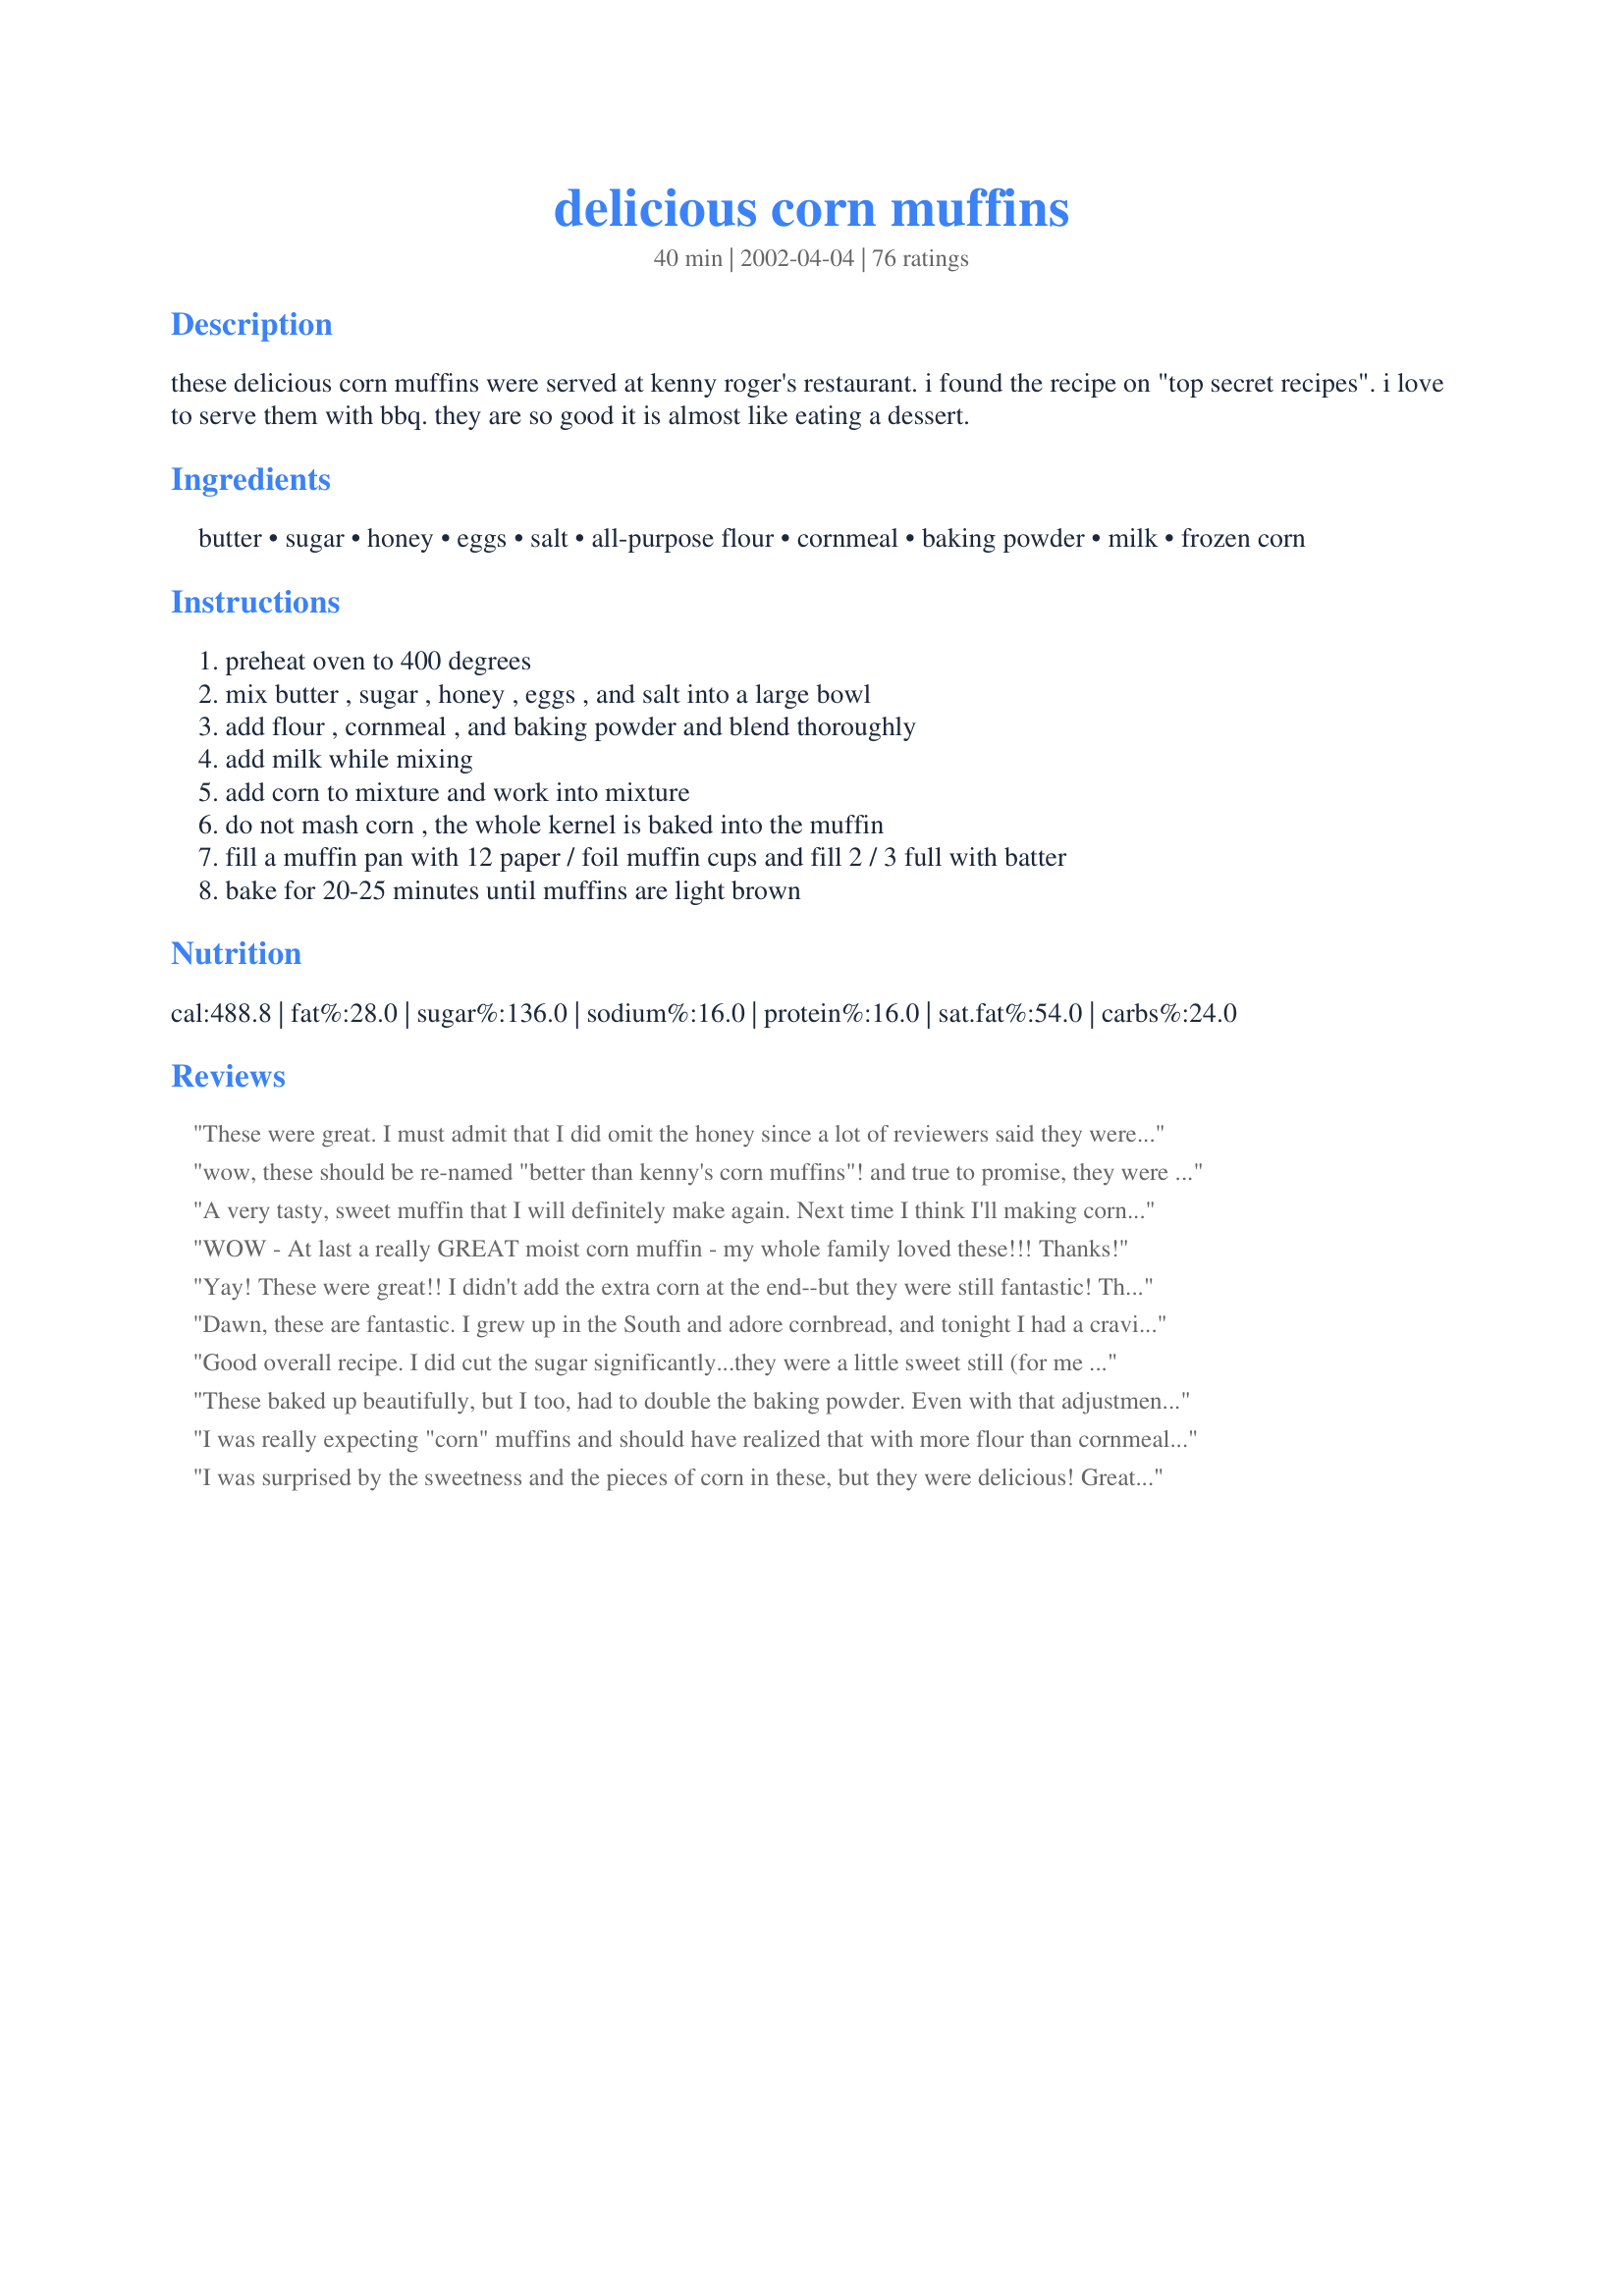
delicious corn muffins
Preparation time: 40 minutes

these delicious corn muffins were served at kenny roger's restaurant. i found the recipe on "top secret recipes". i love to serve them with bbq. they are so good it is almost like eating a dessert.

Ingredients:
butter, sugar, honey, eggs, salt, all-purpose flour, cornmeal, baking powder, milk, frozen corn

Steps:
preheat oven to 400 degrees
mix butter , sugar , honey , eggs , and salt into a large bowl
add flour , cornmeal , and baking powder and blend thoroughly
add milk while mixing
add corn to mixture and work into mixture
do not mash corn , the whole kernel is baked into the muffin
fill a muffin pan with 12 paper / foil muffin cups and fill 2 / 3 full with batter
bake for 20-25 minutes until muffins are light brown

Reviews:
These were great. I must admit that I did omit the honey since a lot of reviewers said they were almost too sweet. Well mine were still sweet, just the way I like them and the corn kernels provide a neat texture and taste to the muffin. I'd go so far as to use a whole cup of them. Also, I used Silk, soymilk, since that's what I had and they still turned out great. I used 1 cup all purpose white flour and 1/2 cup white whole wheat flour to give it a little more fiber. This is the first time I've been satisfied with my corn muffins.
wow, these should be re-named "better than kenny's corn muffins"! and true to promise, they were crunchy on the outside and soft and moist inside. i just adjusted to 1 tsp salt and 1 tsp baking powder. superb and super easy!
A very tasty, sweet muffin that I will definitely make again. Next time I think I'll making cornbread rather than muffins though - just my preference.
WOW - At last a really GREAT moist corn muffin - my whole family loved these!!! Thanks!
Yay! These were great!! I didn't add the extra corn at the end--but they were still fantastic! They were actually quite dense, but were a nice change from the mixes. I absolutely loved these. I cut the recipe in half and used 1/4C sugar and 1/4C honey. Very nice recipe.
Dawn, these are fantastic. I grew up in the South and adore cornbread, and tonight I had a craving to make it for my husband's supper ;) I made it dairy free so I could have it also, by subbing dairy-free butter and then soymilk, and I think it came out wonderfully. I did make a few adjustments on the ingredients so as to reduce the calorie and fat content.....If you don't mind I'd like to re-post this recipe, giving all credit to you, but with the lighter ingredients so I can see the nutritional breakdown of the ones I have made. Thank you again for a wonderful recipe--I'm set for my regular cornbread recipe!
Good overall recipe. I did cut the sugar significantly...they were a little sweet still (for me personally), but went over GREAT with my husband and son. Also did 1 tsp of salt and 1 tsp of baking powder - which worked out perfectly. Nice recipe. THANKS.
These baked up beautifully, but I too, had to double the baking powder. Even with that adjustment, they were very dense. I liked the addition of the honey, but I think I'll keep looking for another corn muffin recipe.
I was really expecting "corn" muffins and should have realized that with more flour than cornmeal that they would not be. These were just ok, something seemed to be missing. The texture was not what you would expect from a corn muffin.
I was surprised by the sweetness and the pieces of corn in these, but they were delicious! Great recipe.
These are the best corn muffins I've ever had.
This are so fantastic! My husband said these are the only corn muffins I am allowed to make from now on! I doubled the recipe with no problem, and also added the cayenne pepper. I also used a 1/4cup measuring cup to measure out each muffin and it gave just a little over 2 dozen (doubled recipe).
These muffins are the best I have tried. I can stop looking now. I made these with a spicy chili and they kind of cooled the mouth off. The honey flavor is great but as someone else said I may try less sugar next time just to see if I will still like them that way. Gotta save some calories some where. But as written a very good muffin.
I only gave this 4 stars because it was good, but not great. This was likely my fault! I halved the recipe and that sometimes does not work out so good. I will likely make it again when we have company and make a full batch. They were good, but just a little too sweet and we like sweet cornbread.
These were very delicious we have made them twice. I substituted the sugar for honey and the first time used 1 whole cup total. VERY sweet! But still great. Everyone kept eating them! The second time I changed it to 1/2 a cup total for honey. I also used whole wheat flour instead of white and they pack a powerful punch. I will be making these again and again!
I LOVED these - i keep forgetting to review it - i have made it 2x's so far and i will never use a boxed recipe again! they are addicting and i made them exactly as written and had no problems! YUMMY!!!!!!!!
I made these for my son's school Thanksgiving celebration. They are very tasty - I prefer a slightly more &quot;corn-y&quot; and less cake-y muffin though - and make no mistake, these are very sweet. The frozen corn kernels are a great touch.
Dawn is right, these corn muffins ARE delicious. The kids found the corn kernels in the muffins to be a bit "wierd", but dh & I both enjoyed them a lot. I think I might use just a bit less honey or sugar next time. They were a good side to Luby's Crockpot Taco Soup.
These muffins are so good piping hot and smothered with butter!
I used canned corn instead of frozen corn and they turned out great! Thanks!
These are DANGEROUS!!!! I make them as mini-muffins and it's so easy to pop one in your mouth and devour it! Delicious! I make them just as the recipe says.
These are the BEST corn muffins. Very moist and the sweet smell of the honey teases your palette while they're baking. We only have three in our family and had none left over.
These were really good, they have a great sweet taste, next time I may try making it without the corn, or maybe even substituting the frozen corn for 1/4 of creamed corn.
This is a wonderful corn muffin recipe. Nice and tender inside and slightly crusty on the outside. I agree with Marie, you can taste the honey flavor which I think is a real plus. These went great with our BBQ and I will be making them alot to go with my favorite soups and stews. Thanks Dawn.
I made these for a Bible study dinner tonight and everyone gobbled them up and gave enthusiastic praise. Thanks, Dawn!

I subbed a little sugar and water because I was a little short on honey and they still came out nicely. Will definitely make them again (or face the ire of my study group! :) ).
Every member of my family loved these muffins, even those who normally won't eat other corn muffins! Each of them said they were the best corn muffins they've ever had. I'm going to try this recipe as cornbread, too.
I have a muffin recipe that I always use but decided to try them out. This was a welcome change. They are great with butter! Yum!
These are excellent. No need to search any longer-- These are the perfect corn muffins!
I finally found a perfect corn muffin recipe! These were delicious, even my husband who doesn't like corn muffins at all loved them! The only change I made was to substitute syrup for the honey because I was out of honey. I was so glad I made a double batch!!
i used buttermilk and substituted frozen blueberries for the frozen corn- they turned out great!
Yummy and moist! Even though I got 18 muffins and not 12, that's ok. I added cayenne pepper and used canned corn. I think it could have used a little more salt but that's not really good for us, now is it? Thanks for a great keeper!
I have been making this exact same muffin! They are SO tender. The slight honey flavour is nice, too.
These muffins are Wonderful, followed all the instructions of the recipe had no problems so easy to make, and tasted FANTASTIC. These would go great with soup or chili like Ellie2 says.
Very, very yummy, and quick/easy to make. I followed others' suggestions: used 1/2 cup sugar (and I might even cut down a bit more next time), 1 t salt and b.powder, a pinch of cayenne, and 1/2 of the cup was whole wheat (next time I might up the whole wheat a tad too). I also might add a small can of green chiles (I've done with other recipes) which can add just a pinch more zing (but def not too spicy). But even without all these tweaks, this is a very good, reliable, base recipe. Great texture, and as others have said, the hint of honey is delightful. Now to not eat them all in one sitting....
I really liked the hint of honey in these muffins. I used 1/2 cup of sugar. The sweetness and flavor reminds me of recipe #109137 Baked Corn Casserole.
These are VERY sweet, actually almost too sweet for me (and I'm a sweet cornbread eater!), but after a few bites I was hooked, and DH and the kids loved them. I served these with beef stew but think these would be an unusual but delicious choice for brunch as well. Thanks for sharing your recipe!
I followed the recipe exact except that I used an 1/8 t. of cayenne pepper as directed by Pierre. These were very very good, but when I make them again (and I will) I will omit the cayenne as I could definitely taste it. I felt it took a touch away from the sweetness. Thanks for a wonderful recipe Dawn and for sharing~
Made for Feb. Muffin Tag 08!
I thought this recipe was horrible! I followed it to a -T-!
It was insanely sweet from the honey. I was happy eating the raw batter, but once it was cooked I was sooo dissappointed. I made it for Thanksgiving and NO one went for seconds Nor did they finish their first. Sorry NOT a fan.
I substituted kamut flour for the cornmeal and increased the baking powder to 1 teaspoon. I also used pineapple instead of whole kernal corn. They made a great breakfast muffin and were even better with tomato soup.
Wonderful corn muffin recipe--we had it with Inez's Tried and True Chili for a perfect fall supper. I will definitely make these again to go with soup or chili.
I was hesitant to try these as I am extremely fussy and was scared of adding real corn and honey. They turned out absolutely delicious!!!
The corn muffin is awesome!! The outside is crispy and it is soft and fluffy in the inside!! almost to kenny roger standard..perhaps my skill is not that good yet!! However, i would really strongly recommend this recipe to all who is browsing the site now!! Try it or you will REGRET!!
I never knew that Kenny Rogers even had a restaurant. I made these anyway. The muffins were delicious! I made these to go with a hearty bean soup and they were terrific together! While mixing the batter I was so tempted to mix in some cheddar cheese. I'm so glad that I didn't add the cheese! These muffins are a little on the sweet side and I think that the addition of cheese would have detracted from the sweetness. I will definitely be making these again! P.S. my two little dogs went crazy for these after tasting little pieces of it! Thank you from all of us for posting this recipe!
I can't believe someone wouldn't like these! They were YUMMY! My family loved them and so easy to make. I fixed them to eat with soup. But, they were great as little snacks. I will use this reipe again and again.
Good, not great.
yummy. I substituted whole wheat pastry flour and used less sugar, they came out moist and wonderful. Oh yes, I doubled the baking powder.
I like the flavor, but I had something strange happen. When they baked, they all sort of 'exploded' over the edge of the muffin tins, creating a lot of spillage.

I realize that this happened because I didn't stir the mixture as I was spooning it into the muffin tin, so the honey settled to the bottom. When I scooped down to that part, I realized that I wouldn't have the honey taste in all of the muffins, so I scooped a bit of it into the center of each muffin cup. Bad idea! Be sure to stir the batter as you're spooning it so that you don't have this same problem!
Didn't want to deal with muffins, so put in a 8x8 for 22 minutes. Had to put back in for another 5-10 minutes. I didn't time it, just took them out when they started to smell good. They almost looked burned, but they weren't, that crust was nummy and sweet. It probably wouldn't have happened if I had done muffins, but didn't stop us from eating it...I think this may be the best corn muffin recipe I've ever had. My kids wolfed this down...
Is the butter melted or softened? Thanks!
This is a very easy, reliable, and tasty muffin recipe. I made a similar version, and have tried using self-rising flour (in place of the all-purpose flour, salt, and baking powder) with excellent results.
Melt in your mouth good. I halved the recipe and used self rising flour and corn meal and no baking powder. I can stop looking for a corn muffin recipe now. This is THE ONE!!!!!!
These were soooo tasty. I baked a first batch in the morning for Thanksgiving and we ended up eating them all for breakfast. I made a second batch and I forgot the corn niblets that time, and I think they're even better without. Thanks!
Yum! I used canned corn also and margarine and soy milk instead of butter and regular milk. It yielded me 11 large muffins. Thanks!
This is probably the best corn bread recipe I've found! they turned out super tasty! i sprinkled some chili powder in the dough, and it didn't add any heat to it, but it definitely enhances the flavors. SO GOOD!
I made these a while back and forgot to review them. Followed the recipe exactly and really liked them. They were some of the best corn muffins I've made. I'm adding them to my Xmas Eve dinner. My daughter in-law is from Louisiana and she loves cornbread, I think she'll find these scrumptious!
I've made both muffins and bread with this recipe as a basis. Both times I cut back on the sugar/honey and they were still plenty sweet. Last night I doubled the recipe and made small (shallow) loaves (since my muffin tin makes 12 and my guests numbered 14). I baked them a total of about 36 minutes. They started to get really dark, so I had to tent them with foil for the last 10 minutes.
With the reduction of sugar (by half) this is a recipe that would do great with the addition of canned green chiles, diced red bell pepper, chopped green onion plus the frozen corn. Thanks!
Very good tasting corn muffins. Nice texture. You can detect the mild honey flavor in them. As with any other baked good, be careful not to overbake them. I recommend these muffins.
I use the same recipe when I was very crazy about Kenny Roger's Corn muffins! Couldn't have enough of them. Tastes great with chicken too! Made them for a church function and needless to say, they were all gone!!
This was a terrific recipe! I reduced the amount of sugar as others recommended. I also tripled the recipe and was able to make two 13x9 pans. I used canned corn in this recipe instead of frozen. Terrific recipe, thank you!
I reviewed this recipe before but it was under another name. I lost the log in info and am not sure what email was used so I started fresh.

This muffin is delicious although a bit on the sweet side. I just adjust and put less sugar in it.
ok; i am re-rating this. i should have known better than to taste something right out of the oven while it is still piping hot; i have found that baked goods always taste better once they have at least cooled to room temperature. just finished another one and it is just right as far as sweetness goes. a very good corn muffin; even the texture improved after sitting a few hours. i did not add the corn bits as suggested; but will next time. very good recipe.
Indeed they are delicious corn muffins! Can't wait to make another round of the recipe. My family and friends just love them. Thanks for sharing the recipe.
 from Janet
These were sooo good. Much better than any other cornbread recipe that I've tried. The only change I made was I added a 1/4 tsp of cayenne pepper.
Incredibly Good!!! I made these for lunch today and realized I'd not posted a review, so here goes. The only change I make, is to add 1/4 teaspoon of Cayenne to the dry ingredients before mixing them. This doesn't add any heat to the muffins, it just helps bring out the taste of the corn meal. You'll never know the Cayenne is there 'til you leave it out, then you'll miss it. Every once in a while, just for a change of flavors, I sub. Sorghum for the honey. (I'm a bad boy. I can't help playing with my food.) If I'm making Corn Sticks in my cast iron bread stick pan I sub. Cream style Corn for the whole, cutting back on milk a bit. I freeze leftover Corn Sticks, they reheat nicely. I'm hard pressed to think of a meal that wouldn't be enhanced by serving these muffins/corn sticks. Soups, Stews, and Chili go naturaly with them. Thanx for posting this great recipe. Pierre
I tried these today to take to a friend's house for dinner. They are delish!
These are aptly named. We are scarfing them down as I write. (It's the only thing that bribed my daughter into finishing her kale.) Also, as ashamed as I am I must say my frozen corn has been lurking in the freezer awhile and was looking less than it's best. But it puffed up and cooked nicely anyhow. Thanks!
These were delicious and easy to make! I softened the butter first and also used self rising corn meal. They came out light with a crisp outside and a fluffy inside. I though the flavor was superb! They had a slightly sweet taste, and oh so good!
Very good muffins. We loved the honey in them. Thanks for posting.
Wow!...these are so yummy. Thank you so much for sharing this recipe Brenda. It was so easy to follow, and the muffins are so tender sweet and tasty. I will definitely be making these again and again.
These muffins are true to the name - My husband thought they were superb!! Definitely will be making them again
Very, very good!
I can't remember what Kenny Roger's Roasters corn muffins taste like, hey left Canada over 10 yrs ago, but I used to love them. This is definitely THE best corn muffin recipe. My DS ate 3 in a row and he's only 2!
Loved these great muffins. I made them exactly the way the recipe called for. 
Delicious!
One change I think I will make for next time, I will sub. milk for buttermilk, and also take "dances" suggestion, and add the cayenne pepper. I really think it needs the kick to bring out the flavors. Cutting the sugar would be another possiblility. My son and husband loved them. They said they reminded them of Joe's Crab Shack muffins? Not sure myself, I have never been there. Great recipe Dawn. Thanks for posting it.
Will definately make again and again!
I could see why someone might like these, but they were too sweet for me ... they were really like a dessert. Might try a different corn muffin recipe next time.
Made this today and it was really YUMMM!! Just like the other reviewer below, i used 1/2 cup sugar and used 1/2 honey, I also used corn in the can. As per my 3 YO daughter..It's the best corn muffin :-)
This is now my go-to recipe for corn muffins! The muffins are moist & tasty, just the right amount of sweetness, and just the right texture with the added corn. Love them! I made a big batch of these and had some leftover, so I wrapped them up and put in the freezer. Pulled out a couple the other day and microwaved them on HIGH for about 45 seconds--WONDERFUL! Thanks for posting!
These are fantastic! I also used 1/2 cup sugar and did not miss it. Following Pierre's suggestion, I sprinkled (one very small conservative sprinkle) Cayenne pepper into the dry ingredients. I liked it and would do it again, but I do think I can taste it. Perhaps it's because I know it's there. No one else mentioned any heat. I sprayed my muffin tin because when I use paper liners with corn muffins, half the muffin sticks to the paper. The recipe yielded 24 mini muffins (baked for 7 minutes in a dark pan) and 4 Texas sized muffins at 15 minutes. Dawn, thank you for sharing a corn muffin recipe I can finally keep!
